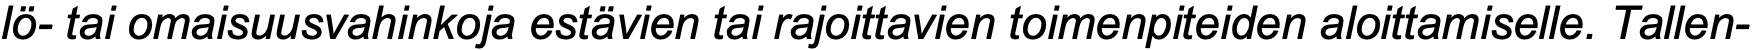
lö- tai omaisuusvahinkoja estävien tai rajoittavien toimenpiteiden aloittamiselle. Tallen-